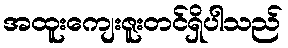
အထူးကျေးဇူးတင်ရှိပါသည်